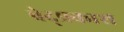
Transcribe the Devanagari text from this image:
वेद्प्रकाश